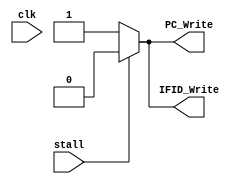
`timescale 1ns/1ns
module hazard( clk, stall, PC_Write, IFID_Write );
  input clk, stall;
  output PC_Write, IFID_Write;

assign PC_Write = (stall) ? 0 : 1;
assign IFID_Write = (stall) ? 0 : 1;

endmodule